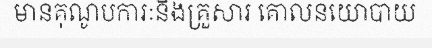
មានគុណូបការៈនិងគ្រួសារ គោលនយោបាយ